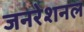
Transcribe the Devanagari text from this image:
जनरेशनल